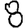
Digit: 8